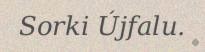
Sorki Újfalu.